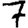
Digit: 7